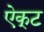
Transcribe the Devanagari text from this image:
ऐक्‌ट